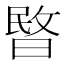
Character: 暋